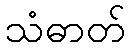
သံဓာတ်